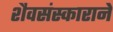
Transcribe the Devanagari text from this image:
शैवसंस्काराने